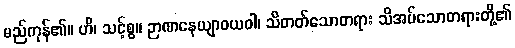
မည်ကုန်၏။ ဟိ၊ သင့်စွ။ ဉာဏနေယျာဝယဝါ၊ သိတတ်သောတရား သိအပ်သောတရားတို့၏